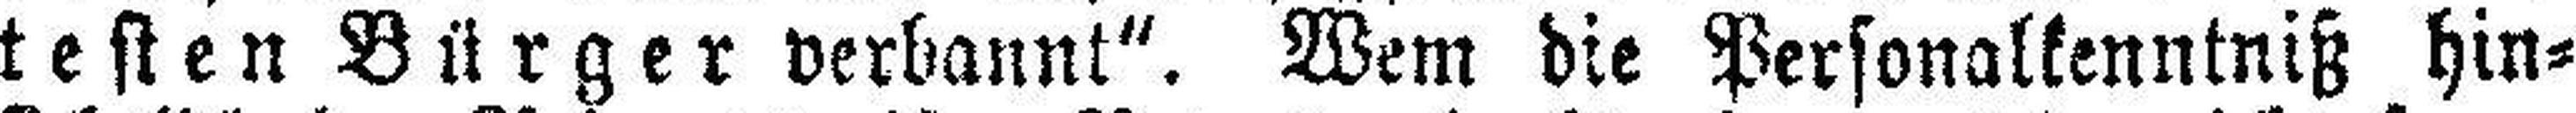
testen Bürger verbannt“. Wem die Personalkenntniß hin¬